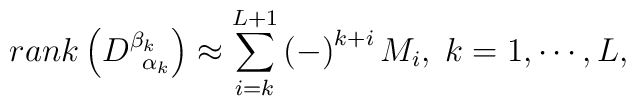
rank\left( D_{\;\;\alpha _k}^{\beta _k}\right) \approx\sum\limits_{i=k}^{L+1}\left( -\right) ^{k+i}M_i,\;k=1,\cdots ,L,